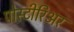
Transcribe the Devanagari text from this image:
पोस्टीरिअर